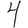
Digit: 4